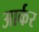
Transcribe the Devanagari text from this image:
आर्कर